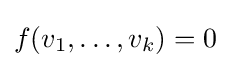
f(v_{1},\ldots ,v_{k})=0